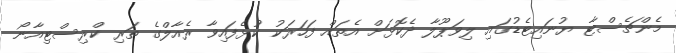
މެންޗެސްޓާ ޔުނައިޓެޑުގައި ލިވަޕޫލާ ދެކޮޅަށް އެތައް ފަހަރަކު ކުޅެފައިވާ ރެއާލްގެ ތަރި ކްރިސްޓިއާނޯ